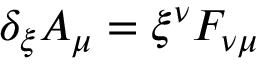
\delta _ { \xi } A _ { \mu } = \xi ^ { \nu } F _ { \nu \mu }